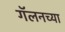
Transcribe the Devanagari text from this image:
गॅलनच्या